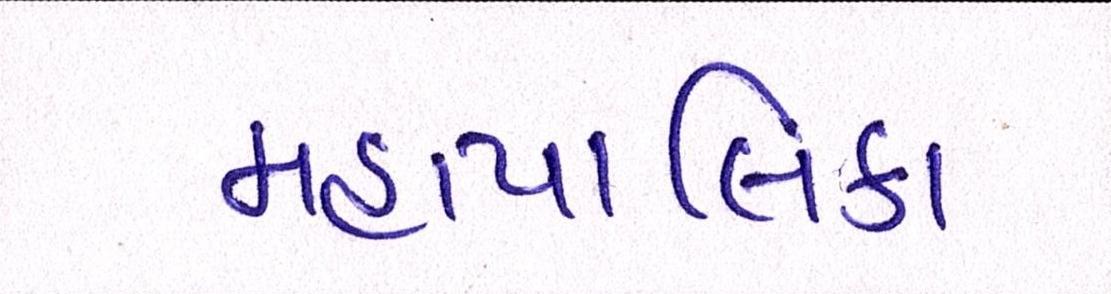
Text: મહાપાલિકા